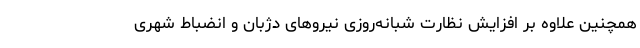
همچنین علاوه بر افزایش نظارت شبانه‌روزی نیروهای دژبان و انضباط شهری